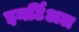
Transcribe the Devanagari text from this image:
इनर्टिअल